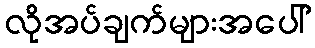
လိုအပ်ချက်များအပေါ်